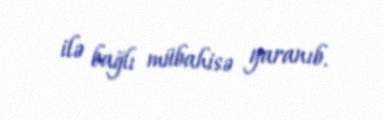
ilə bağlı mübahisə yaranıb.